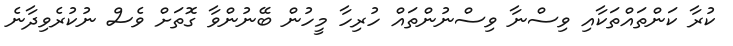
ކުރާ ކަންތައްތަކާއި ވިސްނާ ވިސްނުންތައް ހުރިހާ މީހުން ބޭނުންވާ ގޮތަށް ވެސް ނުކުރެވިދާނެ